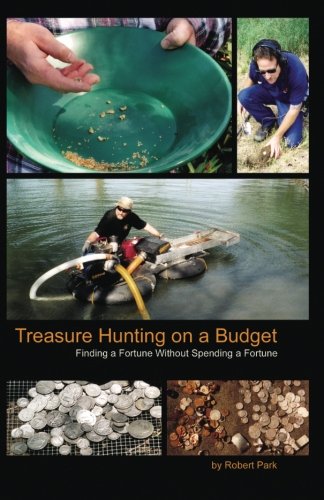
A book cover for Treasure Hunting on a Budget; Park E Robert; Travel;